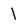
Character: l